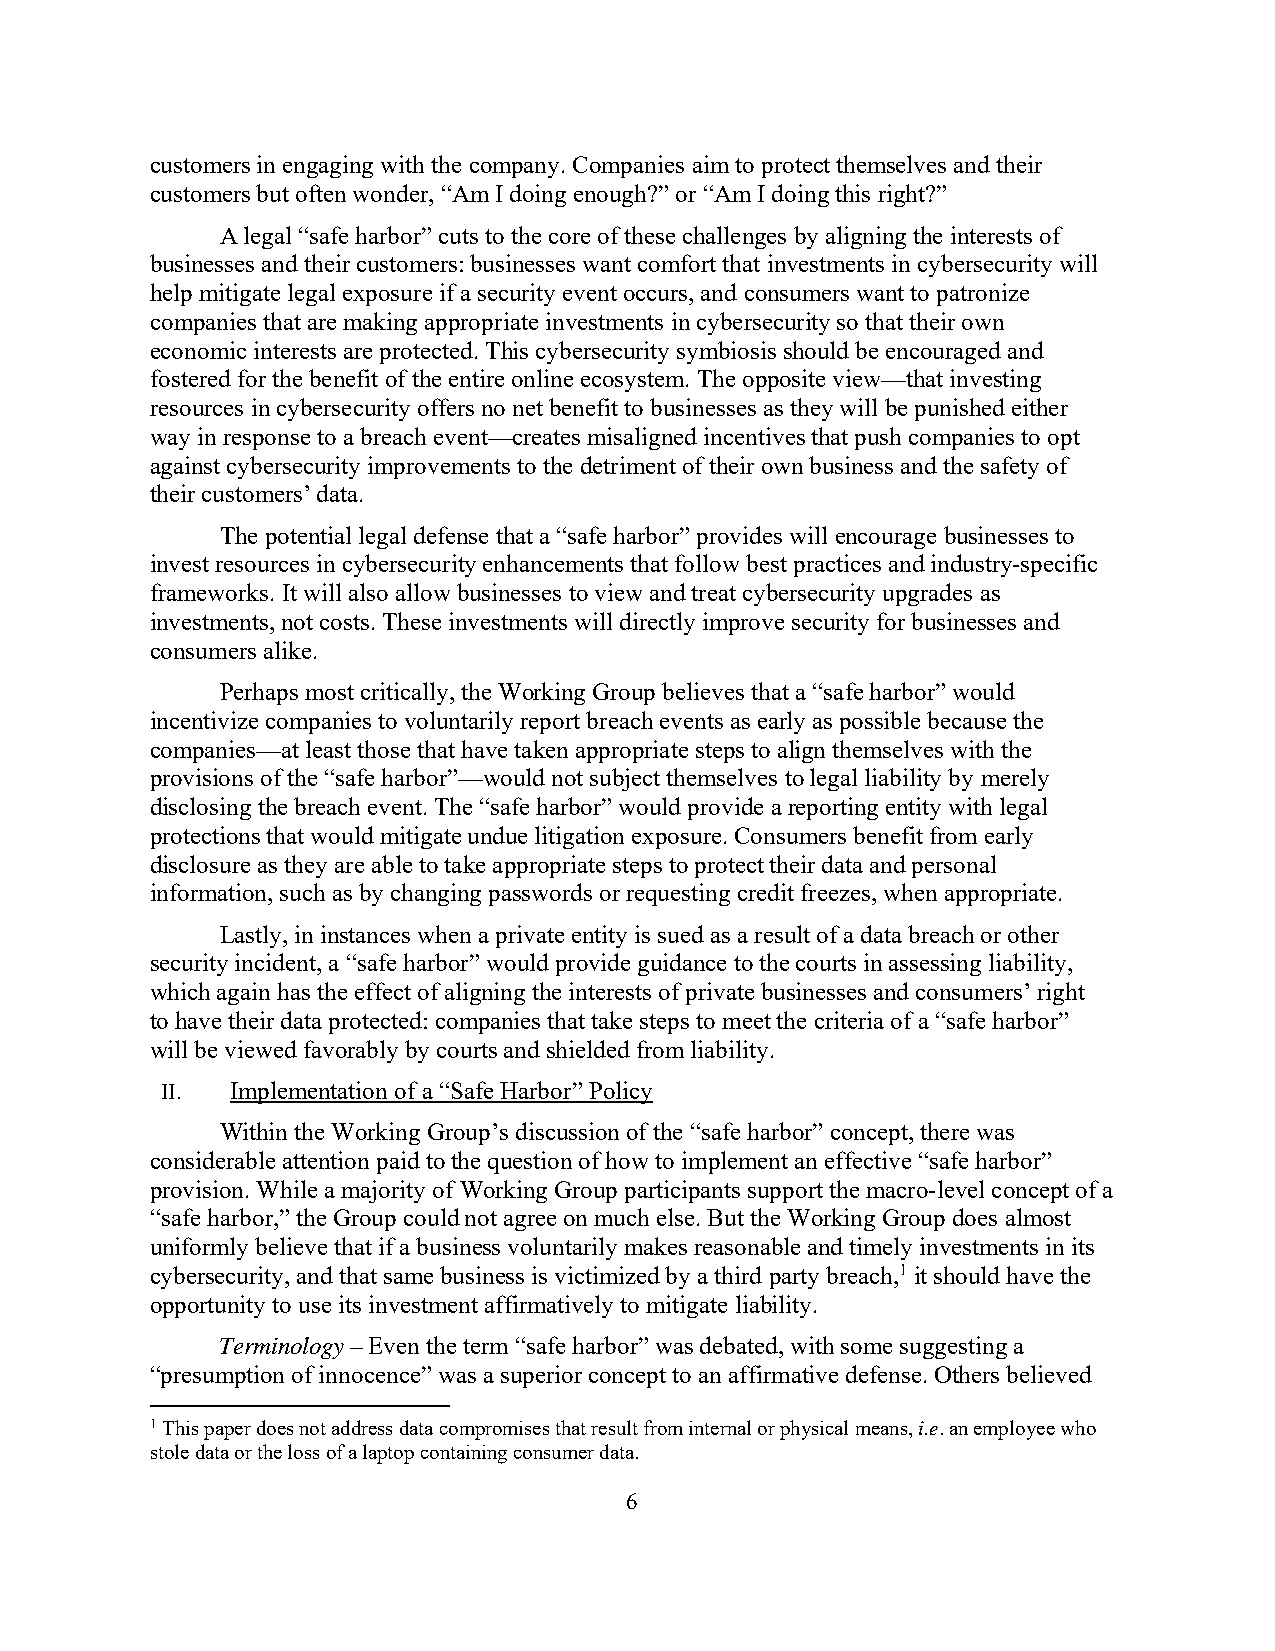
customers in engaging with the company. Companies aim to protect themselves and their
 customers but often wonder, “Am I doing enough?” or “Am I doing this right?”
 A legal “safe harbor” cuts to the core of these challenges by aligning the interests of
 businesses and their customers: businesses want comfort that investments in cybersecurity will
 help mitigate legal exposure if a security event occurs, and consumers want to patronize
 companies that are making appropriate investments in cybersecurity so that their own
 economic interests are protected. This cybersecurity symbiosis should be encouraged and
 fostered for the benefit of the entire online ecosystem. The opposite view—that investing
 resources in cybersecurity offers no net benefit to businesses as they will be punished either
 way in response to a breach event—creates misaligned incentives that push companies to opt
 against cybersecurity improvements to the detriment of their own business and the safety of
 their customers’ data.
 The potential legal defense that a “safe harbor” provides will encourage businesses to
 invest resources in cybersecurity enhancements that follow best practices and industry-specific
 frameworks. It will also allow businesses to view and treat cybersecurity upgrades as
 investments, not costs. These investments will directly improve security for businesses and
 consumers alike.
 Perhaps most critically, the Working Group believes that a “safe harbor” would
 incentivize companies to voluntarily report breach events as early as possible because the
 companies—at least those that have taken appropriate steps to align themselves with the
 provisions of the “safe harbor”—would not subject themselves to legal liability by merely
 disclosing the breach event. The “safe harbor” would provide a reporting entity with legal
 protections that would mitigate undue litigation exposure. Consumers benefit from early
 disclosure as they are able to take appropriate steps to protect their data and personal
 information, such as by changing passwords or requesting credit freezes, when appropriate.
 Lastly, in instances when a private entity is sued as a result of a data breach or other
 security incident, a “safe harbor” would provide guidance to the courts in assessing liability,
 which again has the effect of aligning the interests of private businesses and consumers’ right
 to have their data protected: companies that take steps to meet the criteria of a “safe harbor”
 will be viewed favorably by courts and shielded from liability.
 II. Implementation of a “Safe Harbor” Policy
 Within the Working Group’s discussion of the “safe harbor” concept, there was
 considerable attention paid to the question of how to implement an effective “safe harbor”
 provision. While a majority of Working Group participants support the macro-level concept of a
 “safe harbor,” the Group could not agree on much else. But the Working Group does almost
 uniformly believe that if a business voluntarily makes reasonable and timely investments in its
 cybersecurity, and that same business is victimized by a third party breach,1 it should have the
 opportunity to use its investment affirmatively to mitigate liability.
 Terminology – Even the term “safe harbor” was debated, with some suggesting a
 “presumption of innocence” was a superior concept to an affirmative defense. Others believed
 1 This paper does not address data compromises that result from internal or physical means, i.e. an employee who
 stole data or the loss of a laptop containing consumer data.
 6